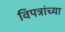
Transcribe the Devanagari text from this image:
विपत्रांच्या